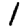
Digit: 1